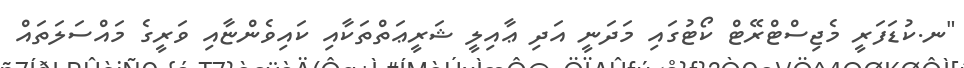
"ނ.ކުޑަފަރީ މެޖިސްޓްރޭޓް ކޯޓުގައި މަދަނީ އަދި ޢާއިލީ ޝަރީޢަތްތަކާއި ކައިވެންޏާއި ވަރީގެ މައްސަލަތައް